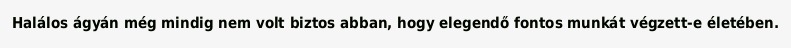
Halálos ágyán még mindig nem volt biztos abban, hogy elegendő fontos munkát végzett-e életében.